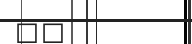
١٤